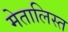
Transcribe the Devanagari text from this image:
मेतालिस्त